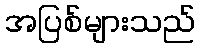
အပြစ်များသည်